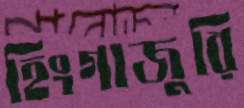
হিংগাজুরি